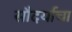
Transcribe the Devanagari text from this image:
सौदर्याचा